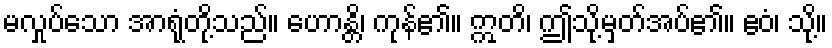
မလှုပ်သော အာရုံတို့သည်။ ဟောန္တိ၊ ကုန်၏။ ဣတိ၊ ဤသို့မှတ်အပ်၏။ ဧဝံ၊ သို့။